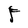
Character: F